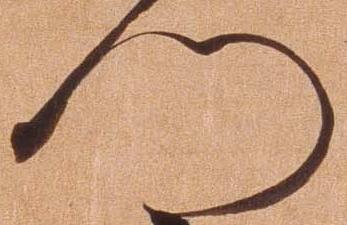
門